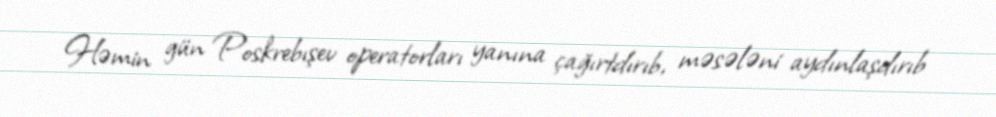
Həmin gün Poskrebışev operatorları yanına çağırtdırıb, məsələni aydınlaşdırıb